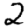
Digit: 2